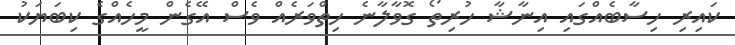
ކައިރި ހިސާބެއްގައި އިނާޝާ ހުރިތޯ ގޮވާލާނެ ހިތްވަރެއް ވެސް އޭގެން މީހެއްގެ ކިބަޔަކު